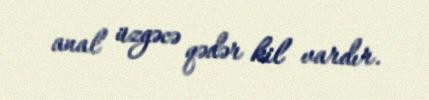
anal üzgəcə qədər kil vardır.